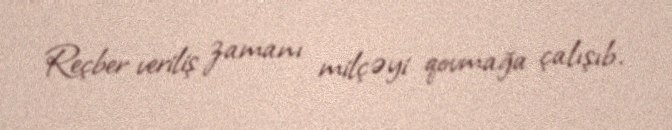
Reçber veriliş zamanı milçəyi qovmağa çalışıb.